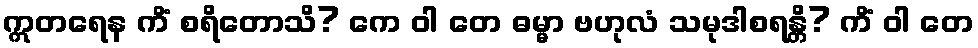
ဣတရေန ကိံ စရိတောသိ? ကေ ဝါ တေ ဓမ္မာ ဗဟုလံ သမုဒါစရန္တိ? ကိံ ဝါ တေ